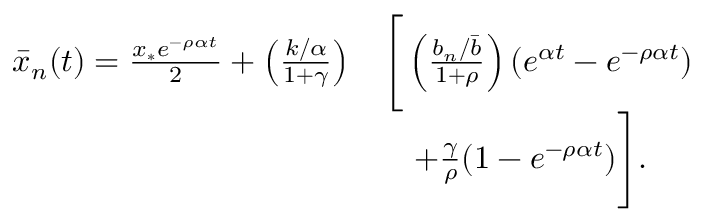
\begin{array} { r l } { \bar { x } _ { n } ( t ) = \frac { x _ { * } e ^ { - \rho \alpha t } } { 2 } + \left( \frac { k / \alpha } { 1 + \gamma } \right) } & { \Bigg [ \left( \frac { b _ { n } / \bar { b } } { 1 + \rho } \right) ( e ^ { \alpha t } - e ^ { - \rho \alpha t } ) } \\ & { \quad + \frac { \gamma } { \rho } ( 1 - e ^ { - \rho \alpha t } ) \Bigg ] . } \end{array}